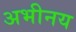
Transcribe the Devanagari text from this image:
अभीनय